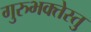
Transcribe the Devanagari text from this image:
गुरुभक्तेस्तु